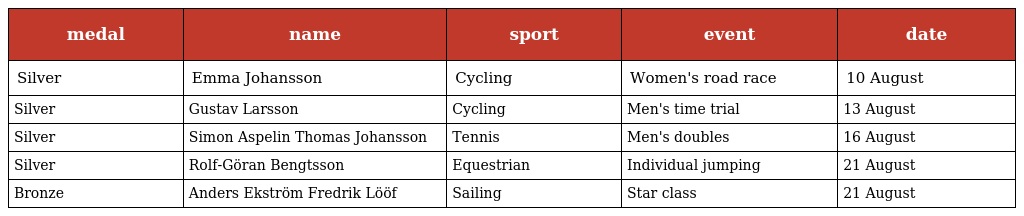
| medal | name | sport | event | date |
 | --- | --- | --- | --- | --- |
 | Silver | Emma Johansson | Cycling | Women's road race | 10 August |
 | Silver | Gustav Larsson | Cycling | Men's time trial | 13 August |
 | Silver | Simon Aspelin Thomas Johansson | Tennis | Men's doubles | 16 August |
 | Silver | Rolf-Göran Bengtsson | Equestrian | Individual jumping | 21 August |
 | Bronze | Anders Ekström Fredrik Lööf | Sailing | Star class | 21 August |